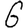
Digit: 6